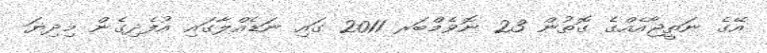
އޭގެ ނަތީޖާއެއްގެ ގޮތުން 23 ނޮވެމްބަރ 2011 ގައި ނަޑެއްލާގައި އުފެދިގެން މިދިޔަ